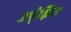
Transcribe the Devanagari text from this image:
उपे्क्षित